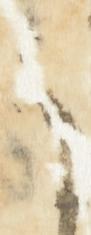
に